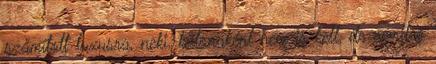
számított luxusra, neki, katonaként nem is kell, de némileg